Leaving Certificate Examination, 1925
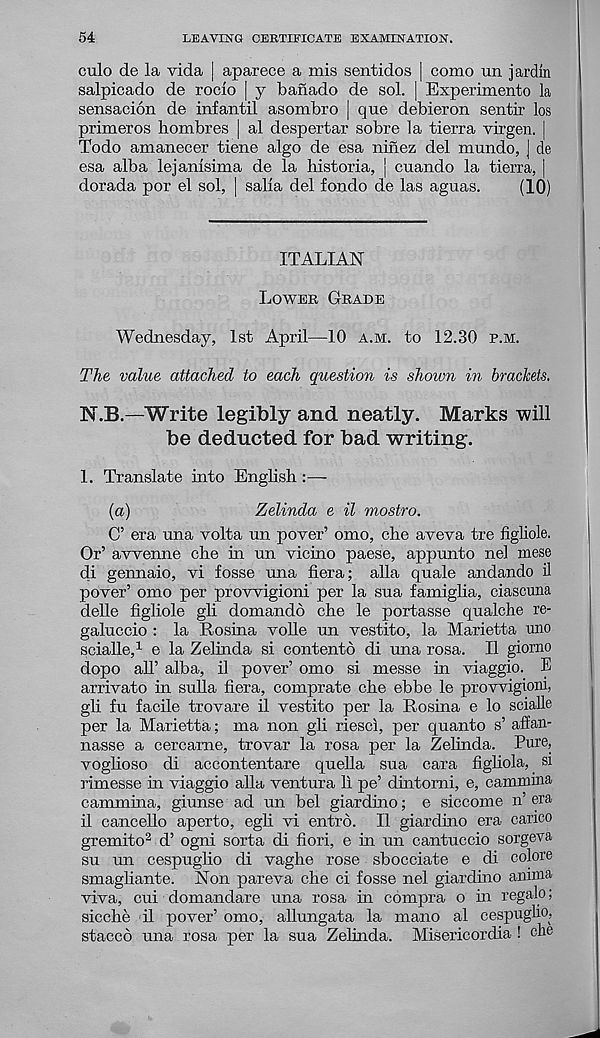
54
LEAVING CERTIFICATE EXAMINATION.
culo de la vida | aparece a mis sentidos | como un jardin
salpicado de rocio | y bafiado de sol. | Experimento la
sensacion de infantil asombro | que debieron sentir los
primeros hombres [ al despertar sobre la tierra virgen. |
Todo amanecer tiene algo de esa ninez del mundo, J de
esa alba lejanlsima de la historia, j cuando la tierra, |
dorada por el sol, | salia del fondo de las aguas.
(10)
ITALIAN
Lower Grade
Wednesday, 1st April—10 a.m. to 12.30 p.m.
The value attached to each question is shown in brackets.
N.B.—Write legibly and neatly. Marks will
be deducted for bad writing.
1. Translate into English:—
(a)
Zelinda e il mostro.
O’ era una volta un pover’ omo, che aveva tre figliole.
Or’ awenne che in un vicino paese, appunto nel mese
di gennaio, vi fosse una fiera; alia quale andando il
pover’ omo per prowigioni per la sua famiglia, ciascuna
delle figliole gli domando che le portasse qualche re-
galuccio : la Rosina voile un vestito, la Marietta uno
scialle, 1 e la Zelinda si contento di una rosa. Il giorno
dopo all’ alba, il pover’ omo si messe in viaggio. B
arrivato in sulla fiera, comprate che ebbe le provvigioni,
gli fu facile trovare il vestito per la Rosina e lo scialle
per la Marietta; ma non gli riesci, per quanto s’ affan-
nasse a cercame, trovar la rosa per la Zelinda. Pure,
voglioso di accontentare quella sua cara figliola, si
rimesse in viaggio alia ventura 11 pe’ dintomi, e, cammina
cammina, giunse ad un bel giardino; e siccome n’ era
il cancello aperto, egli vi entrb. Il giardino era carico
gremito 2 d’ ogni sorta di fiori, e in un cantuccio sorgeva
su un cespuglio di vaghe rose sbocciate e di colore
smagliante. Non pareva che ci fosse nel giardino anima
viva, cui domandare una rosa in compra o in regale;
sicche dl pover’ omo, allungata la mano al cespuglio,
staccb una rosa per la sua Zelinda. Misericordia ! che